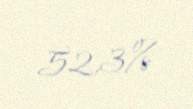
52,3%